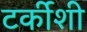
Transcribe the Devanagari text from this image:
टर्कीशी